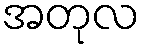
အတုလ